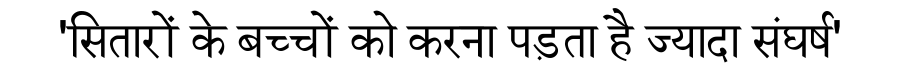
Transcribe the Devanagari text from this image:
'सितारों के बच्चों को करना पड़ता है ज्यादा संघर्ष'